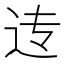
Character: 𲅐